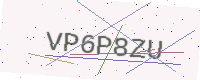
Text: VP6P8ZU